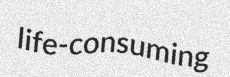
life-consuming